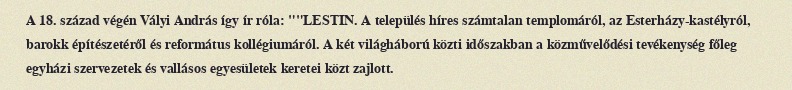
A 18. század végén Vályi András így ír róla: ""LESTIN. A település híres számtalan templomáról, az Esterházy-kastélyról, barokk építészetéről és református kollégiumáról. A két világháború közti időszakban a közművelődési tevékenység főleg egyházi szervezetek és vallásos egyesületek keretei közt zajlott.